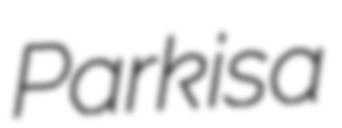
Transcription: Park is a